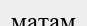
матам